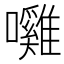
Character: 𭌲